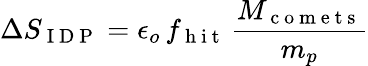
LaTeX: \Delta S_{\mathrm{~I~D~P~}}=\epsilon_{o}\, f_{\mathrm{~h~i~t~}}\, \frac{M_{\mathrm{~c~o~m~e~t~s~}}}{m_{p}}